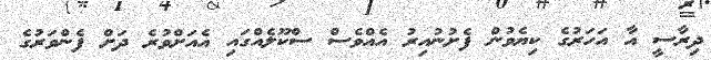
ދިރާސީ އާ އަހަރުގެ ކިޔެވުން ފެށުނުއިރު އެއްވެސް ސްކޫލެއްގައި އެއަށްވުރެ ދަށް ފެންވަރުގެ